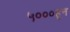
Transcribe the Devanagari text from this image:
५०००हून